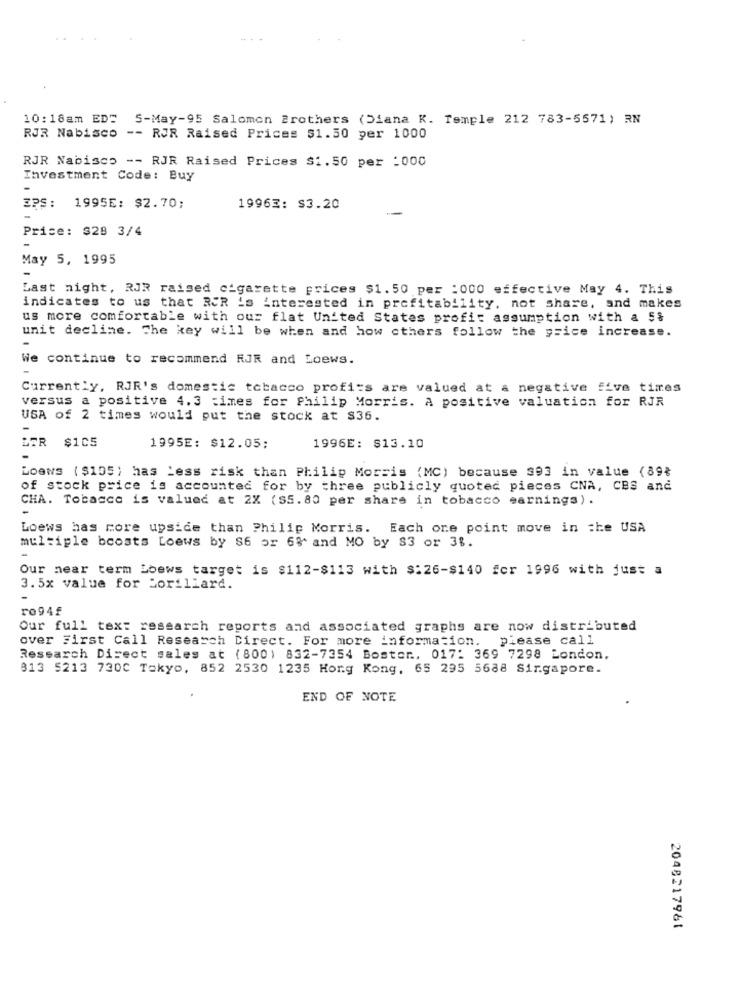
10: 18am EDT 5-May-95 Salomon Brothers (Diana K. Temple 212 783-5571) RN
RJR Nabisco -- RJR Raised Prices $1.50 per 1000
RJR Nabisco -- RJR Raised Prices $1.50 per :000
Investment Code: Buy
-
ZPS: 1995E: $2.70;
19963: $3.20
Price: $28 3/4
May 5, 1995
Last night, RJR raised cigarette prices $1.50 per :000 effective May 4. This
indicates to us that RER 's interested in profitability, not share, and makes
us more comfortable with our flat United States profit assumption with a 5%
unit decline. The key will be when and how others follow the price increase.
-
We continue to recommend RJR and Loews.
Currently, RJR's domestic tobacco profits are valued at a negative five times
versus a positive 4.3 times for Philip Morris. A positive valuation for RJR
USA of 2 times would put the stock at $36.
LER $105
1995E: $12.05;
1996E: $13.10
Loews ( $105) has Less risk than Philip Morris (MC) because 393 in value (89%
of stock price is accounted for by three publicly quoted pieces CNA, CBS and
CHA. Tobacco is valued at 2X (S5.80 per share in tobacco earnings) .
-
Loews has more upside than Philip Morris. Each one point move in the USA
multiple boosts Loews by 86 or 6%* and MO by S3 or 3%.
-
Our near term Loews target is $112-$113 with $:26-$140 for 1996 with just a
3.5x value for Lorillard.
-
ro94f
Our full tex: research reports and associated graphs are now distributed
over First Call Research Direct. For more information.
please call
Research Direct sales at (800) 832-7354 Bostor ., 017: 369 7298 London.
813 5213 7300 Tokyo, 852 2530 1235 Hong Kong, 65 295 5688 Singapore.
END OF NOTE
2048217961